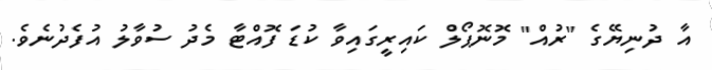
އާ ދުނިޔޭގެ "ރުއް" މޮނޮޕޯލް ކައިރީގައިވާ ކުޑަ ފޮއްޓާ މެދު ސުވާލު އުފެދުނެވެ.